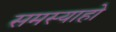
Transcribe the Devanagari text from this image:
समस्याहो